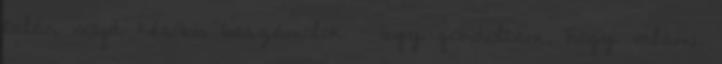
talán majd később beszámolok – úgy gondoltam, hogy valami